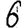
Digit: 6